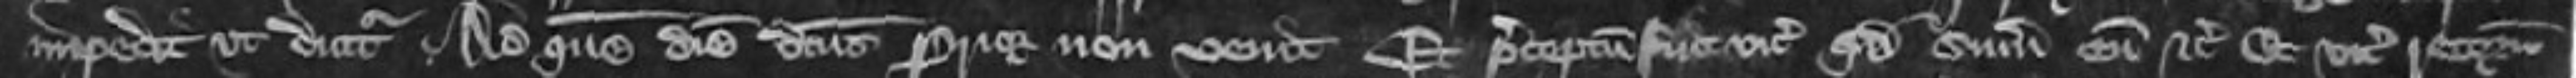
impedit ut dicitur Ad quem diem dictus prior non venit Et preceptum fuit vicecomiti quod summoneat eum etc et vicecomes retornavit